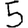
Digit: 5